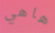
هاهي